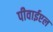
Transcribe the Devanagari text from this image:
पीवाईएल